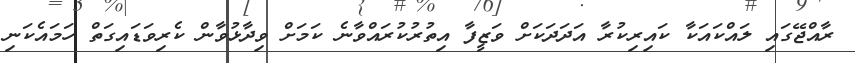
ރާއްޖޭގައި ލައްކައަކާ ކައިރިކުރާ އަދަދަކަށް ވަޒީފާ އިތުރުކުރައްވާނެ ކަމަށް ވިދާޅުވާން ކެރިވަޑައިގަތް ހަމައެކަނި